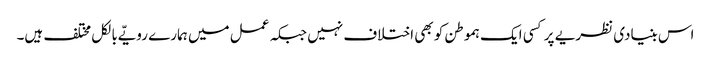
اس بنیادی نظریے پر کسی ایک ہموطن کو بھی اختلاف نہیں جبکہ عمل میں ہمارے رویّے بالکل مختلف ہیں۔